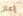
إعتن